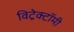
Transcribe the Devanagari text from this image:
विट्रेक्टॉमी